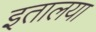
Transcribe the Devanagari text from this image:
इतालया